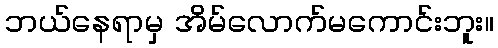
ဘယ်နေရာမှ အိမ်လောက်မကောင်းဘူး။